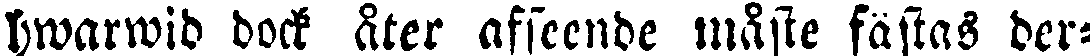
hwarwid dock åter afseende måste fästas der-